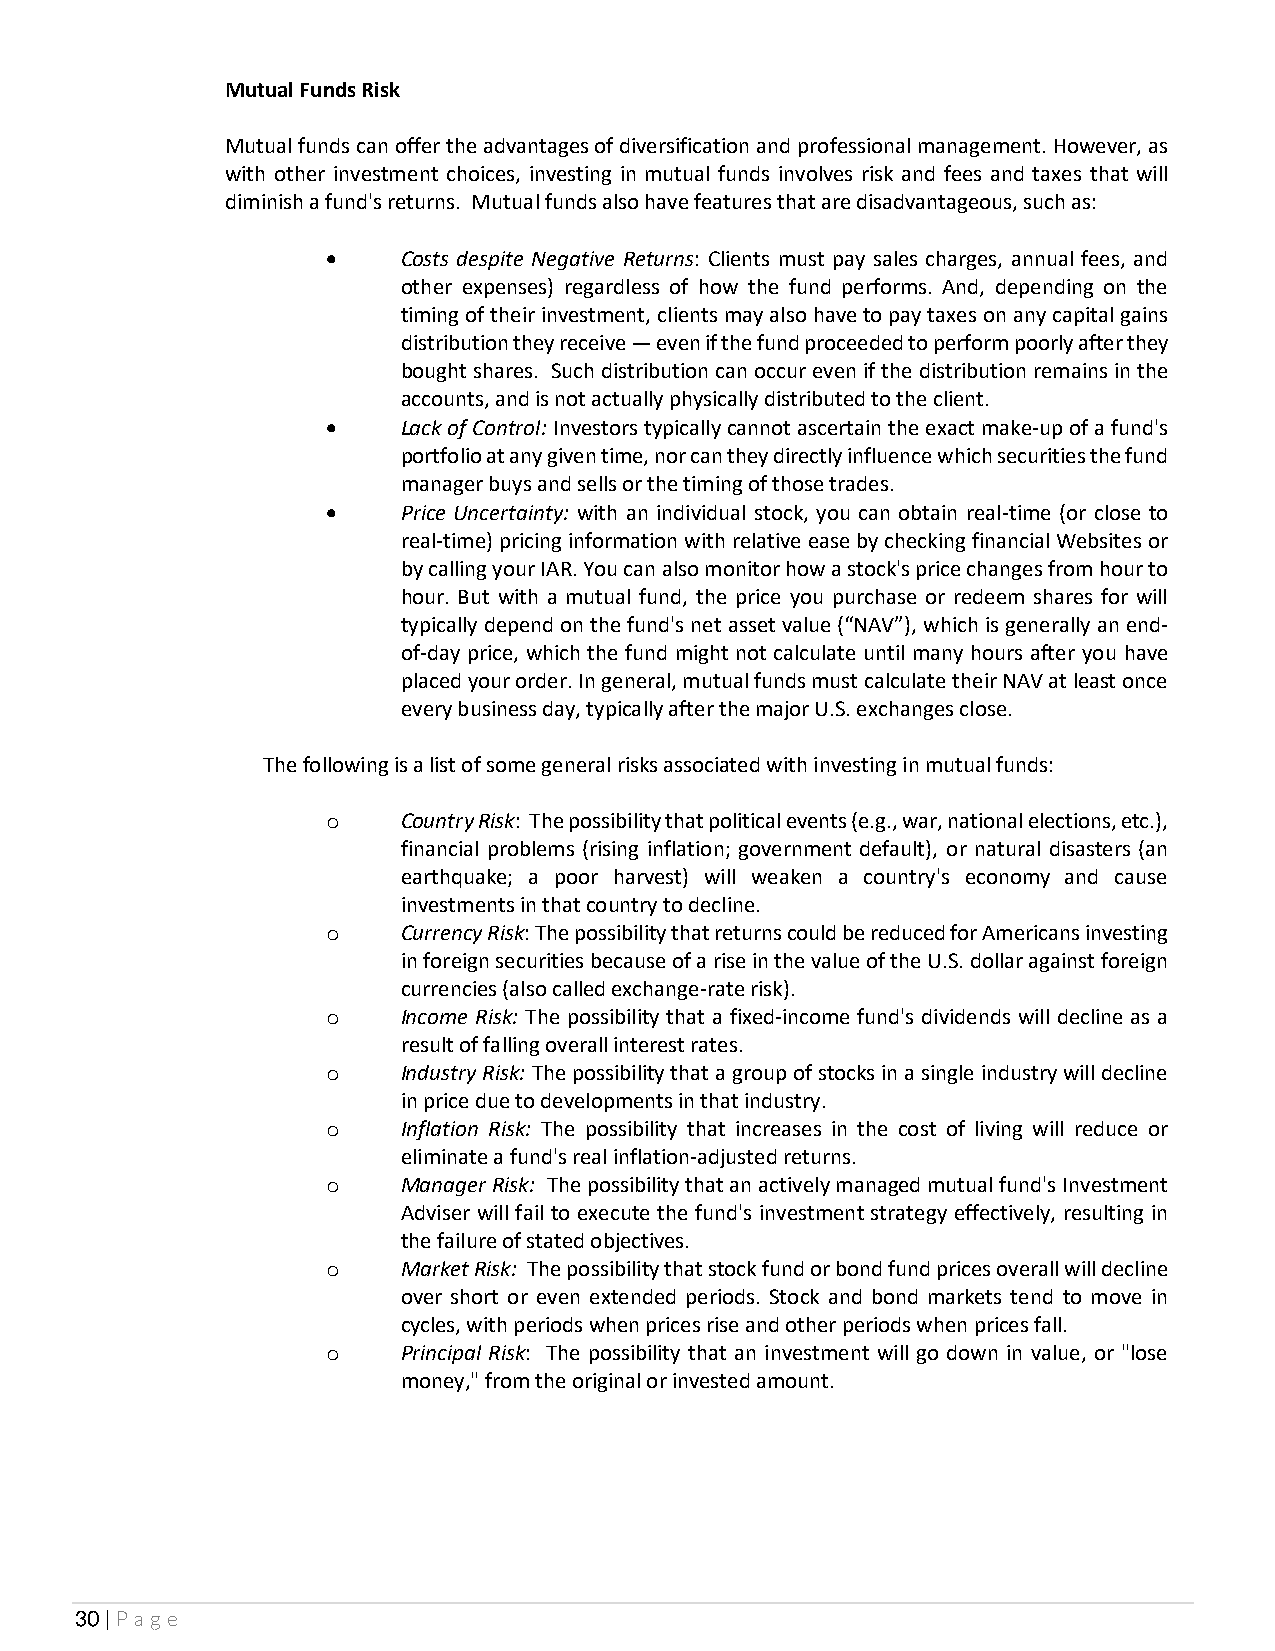
Mutual Funds Risk
 Mutual funds can offer the advantages of diversification and professional management. However, as
 with other investment choices, investing in mutual funds involves risk and fees and taxes that will
 diminish a fund's returns. Mutual funds also have features that are disadvantageous, such as:
 •    Costs despite Negative Returns: Clients must pay sales charges, annual fees, and
 other expenses) regardless of how the fund performs. And, depending on the
 timing of their investment, clients may also have to pay taxes on any capital gains
 distribution they receive — even if the fund proceeded to perform poorly after they
 bought shares. Such distribution can occur even if the distribution remains in the
 accounts, and is not actually physically distributed to the client.
 •    Lack of Control: Investors typically cannot ascertain the exact make-up of a fund's
 portfolio at any given time, nor can they directly influence which securities the fund
 manager buys and sells or the timing of those trades.
 •    Price Uncertainty: with an individual stock, you can obtain real-time (or close to
 real-time) pricing information with relative ease by checking financial Websites or
 by calling your IAR. You can also monitor how a stock's price changes from hour to
 hour. But with a mutual fund, the price you purchase or redeem shares for will
 typically depend on the fund's net asset value (“NAV”), which is generally an end-
 of-day price, which the fund might not calculate until many hours after you have
 placed your order. In general, mutual funds must calculate their NAV at least once
 every business day, typically after the major U.S. exchanges close.
 The following is a list of some general risks associated with investing in mutual funds:
 o    Country Risk: The possibility that political events (e.g., war, national elections, etc.),
 financial problems (rising inflation; government default), or natural disasters (an
 earthquake; a poor harvest) will weaken a country's economy and cause
 investments in that country to decline.
 o    Currency Risk: The possibility that returns could be reduced for Americans investing
 in foreign securities because of a rise in the value of the U.S. dollar against foreign
 currencies (also called exchange-rate risk).
 o    Income Risk: The possibility that a fixed-income fund's dividends will decline as a
 result of falling overall interest rates.
 o    Industry Risk: The possibility that a group of stocks in a single industry will decline
 in price due to developments in that industry.
 o    Inflation Risk: The possibility that increases in the cost of living will reduce or
 eliminate a fund's real inflation-adjusted returns.
 o    Manager Risk: The possibility that an actively managed mutual fund's Investment
 Adviser will fail to execute the fund's investment strategy effectively, resulting in
 the failure of stated objectives.
 o    Market Risk: The possibility that stock fund or bond fund prices overall will decline
 over short or even extended periods. Stock and bond markets tend to move in
 cycles, with periods when prices rise and other periods when prices fall.
 o    Principal Risk: The possibility that an investment will go down in value, or "lose
 money," from the original or invested amount.
 30 | Page